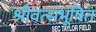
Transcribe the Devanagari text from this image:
श्रीवत्सभूषित